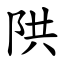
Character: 䧆